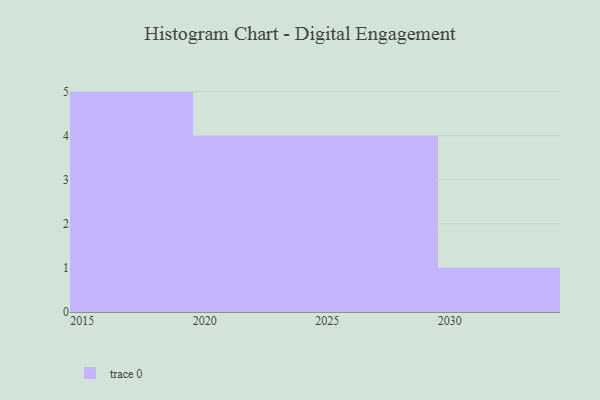
{"axis": {"x": "Year", "y": "Inventory Turnover"}, "legend": [""], "data": [{"x": "2022", "y": 44, "type": ""}, {"x": "2019", "y": 2, "type": ""}, {"x": "2020", "y": 20, "type": ""}, {"x": "2021", "y": 53, "type": ""}, {"x": "2024", "y": 15, "type": ""}, {"x": "2015", "y": 61, "type": ""}, {"x": "2026", "y": 13, "type": ""}, {"x": "2028", "y": 4, "type": ""}, {"x": "2027", "y": 30, "type": ""}, {"x": "2029", "y": 76, "type": ""}, {"x": "2030", "y": 33, "type": ""}, {"x": "2018", "y": 32, "type": ""}, {"x": "2016", "y": 41, "type": ""}, {"x": "2017", "y": 20, "type": ""}]}